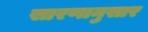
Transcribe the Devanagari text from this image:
सारणानुसार